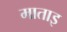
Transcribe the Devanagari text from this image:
माताइ